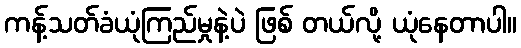
ကန့်သတ်ခံယုံကြည်မှုနဲ့ပဲ ဖြစ် တယ်လို့ ယုံနေတာပါ။